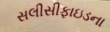
સલીસીફાઇડના